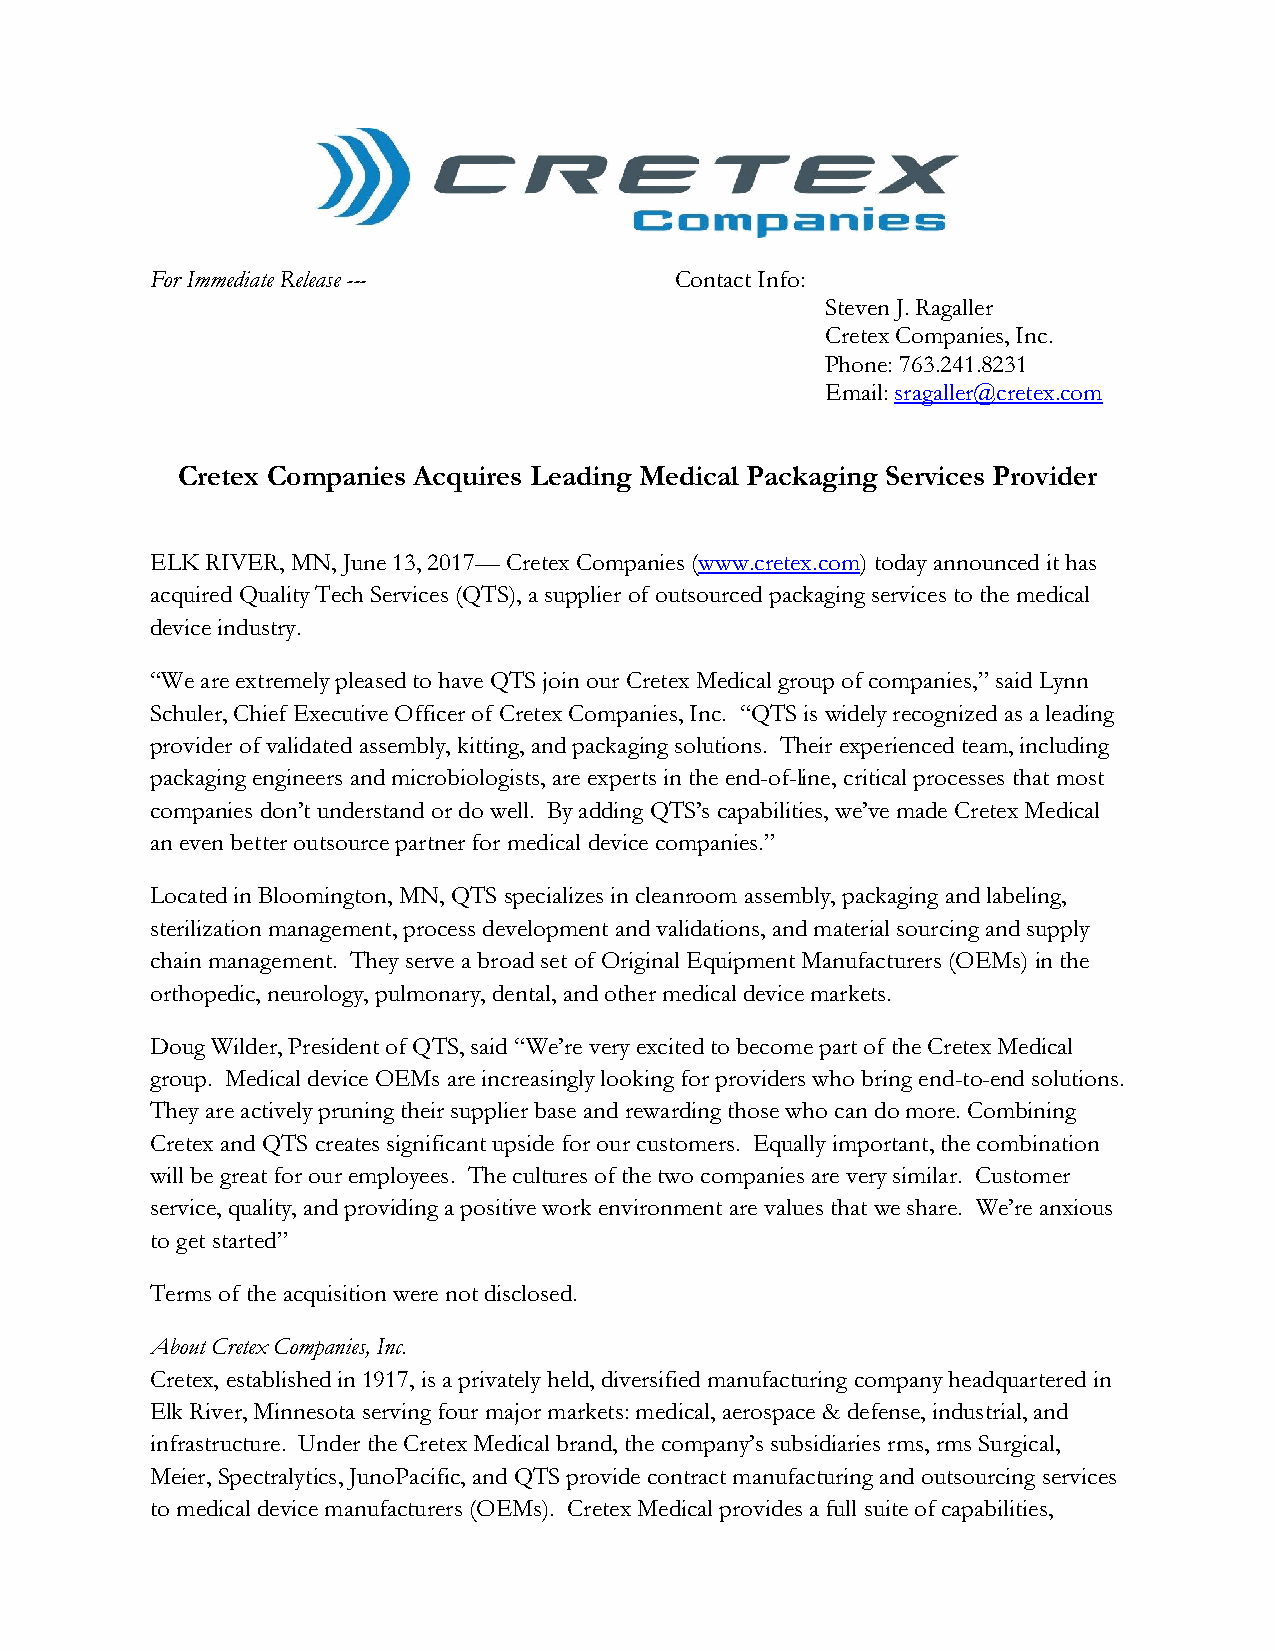
For Immediate Release ---          Contact Info:
 Steven J. Ragaller
 Cretex Companies, Inc.
 Phone: 763.241.8231
 Email: sragaller@cretex.com
 Cretex Companies Acquires Leading Medical Packaging Services Provider
 ELK RIVER, MN, June 13, 2017— Cretex Companies (www.cretex.com) today announced it has
 acquired Quality Tech Services (QTS), a supplier of outsourced packaging services to the medical
 device industry.
 “We are extremely pleased to have QTS join our Cretex Medical group of companies,” said Lynn
 Schuler, Chief Executive Officer of Cretex Companies, Inc. “QTS is widely recognized as a leading
 provider of validated assembly, kitting, and packaging solutions. Their experienced team, including
 packaging engineers and microbiologists, are experts in the end-of-line, critical processes that most
 companies don’t understand or do well. By adding QTS’s capabilities, we’ve made Cretex Medical
 an even better outsource partner for medical device companies.”
 Located in Bloomington, MN, QTS specializes in cleanroom assembly, packaging and labeling,
 sterilization management, process development and validations, and material sourcing and supply
 chain management. They serve a broad set of Original Equipment Manufacturers (OEMs) in the
 orthopedic, neurology, pulmonary, dental, and other medical device markets.
 Doug Wilder, President of QTS, said “We’re very excited to become part of the Cretex Medical
 group. Medical device OEMs are increasingly looking for providers who bring end-to-end solutions.
 They are actively pruning their supplier base and rewarding those who can do more. Combining
 Cretex and QTS creates significant upside for our customers. Equally important, the combination
 will be great for our employees. The cultures of the two companies are very similar. Customer
 service, quality, and providing a positive work environment are values that we share. We’re anxious
 to get started”
 Terms of the acquisition were not disclosed.
 About Cretex Companies, Inc.
 Cretex, established in 1917, is a privately held, diversified manufacturing company headquartered in
 Elk River, Minnesota serving four major markets: medical, aerospace & defense, industrial, and
 infrastructure. Under the Cretex Medical brand, the company’s subsidiaries rms, rms Surgical,
 Meier, Spectralytics, JunoPacific, and QTS provide contract manufacturing and outsourcing services
 to medical device manufacturers (OEMs). Cretex Medical provides a full suite of capabilities,